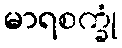
မာရစက္ခုံ